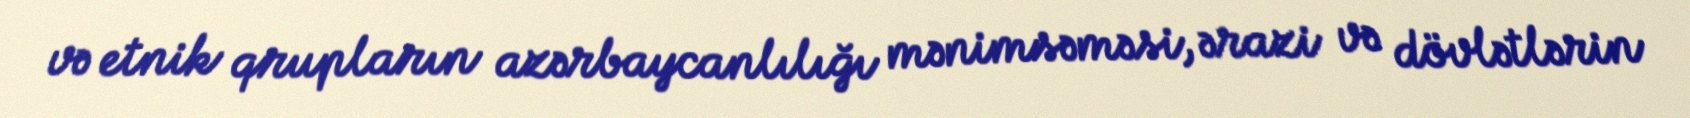
və etnik qrupların azərbaycanlılığı mənimsəməsi, ərazi və dövlətlərin